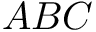
A B C